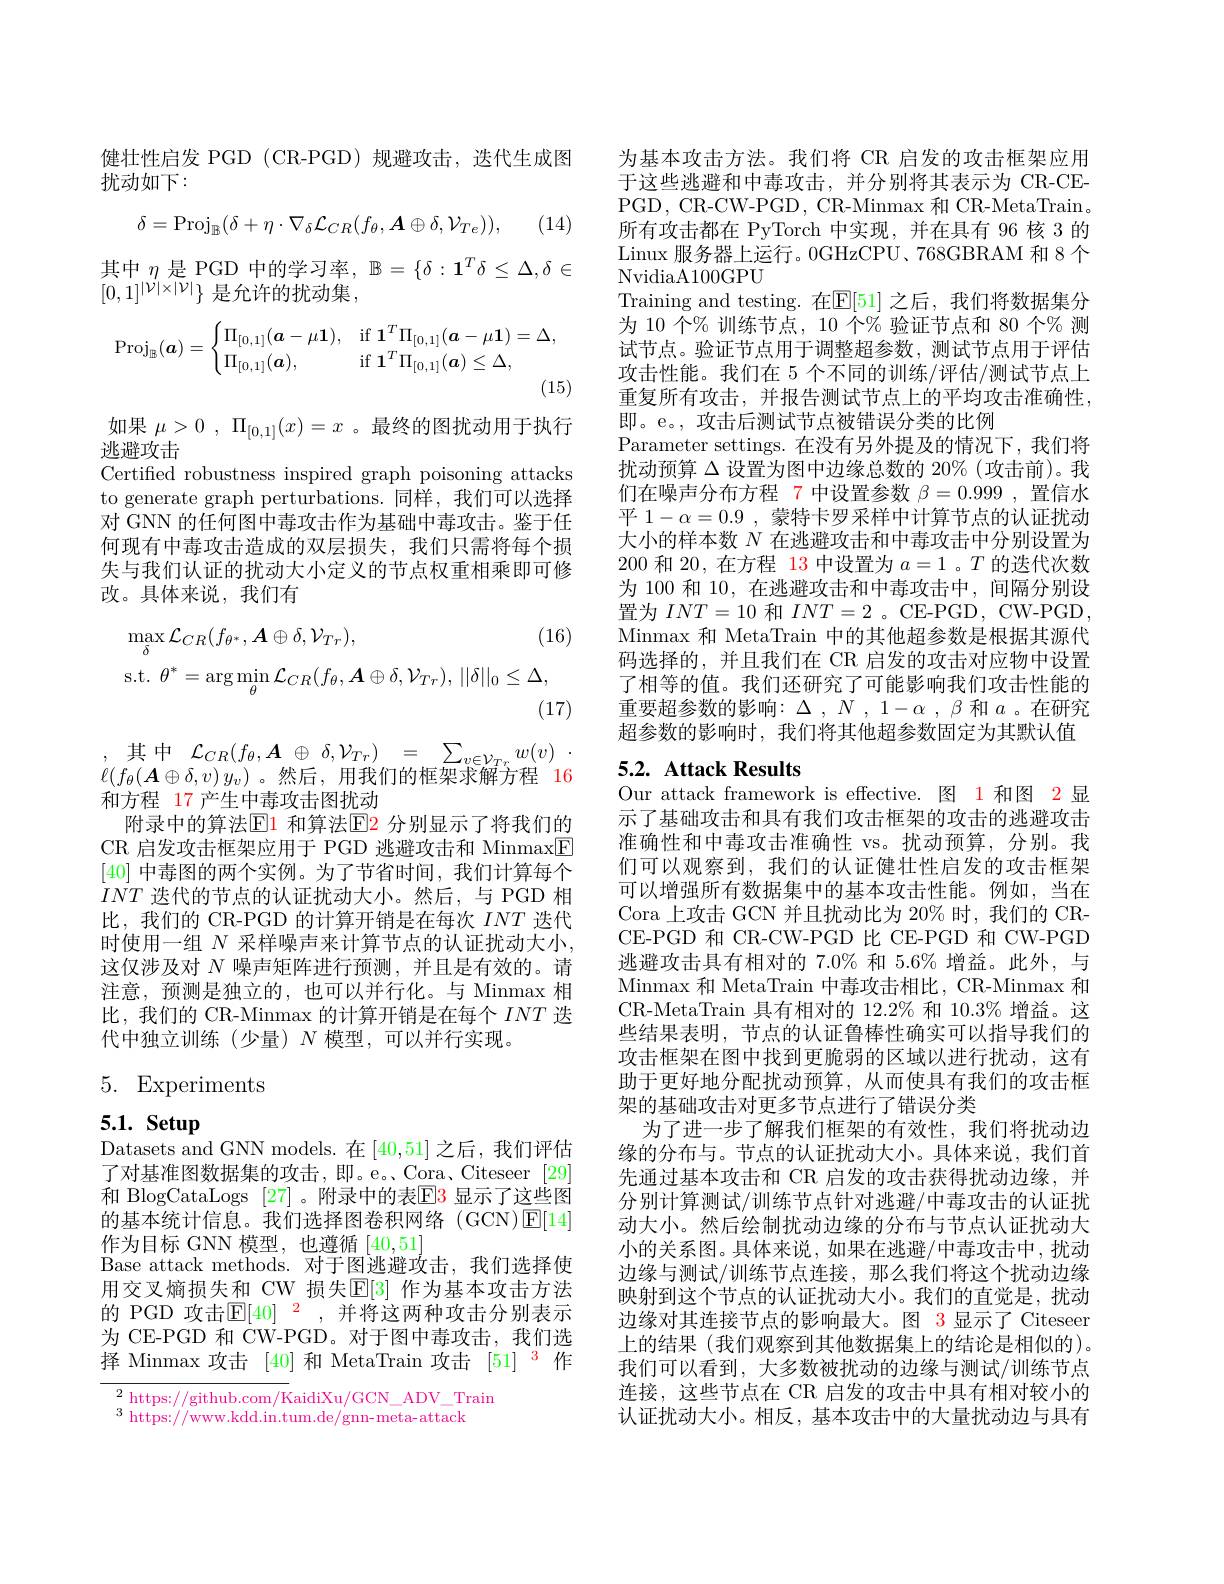
健壮性启发 PGD (CR-PGD)规避攻击，迭代生成图
扰动如下：

(14)
$$\delta=\mathrm{Proj}_{\mathbb{B}}(\delta+\eta\cdot\nabla_{\delta}\mathcal{L}_{CR}(f_{\theta},\boldsymbol{A}\oplus\delta,\mathcal{V}_{Te})),$$
其中$\eta$是 PGD 中的学习率，$\mathbb{B}=\{\delta:\mathbf{1}^T\delta\leq\Delta,\delta\in$
$[0,1]^{|\dot{\mathcal{V}}|\times|\mathcal{V}|}\}$ 是允许的扰动集，
$$\operatorname{Proj}_{\mathbb{B}}(\boldsymbol{a})=\begin{cases}\Pi_{[0,1]}(\boldsymbol{a}-\mu\boldsymbol{1}),&\text{if}\:\mathbf{1}^T\Pi_{[0,1]}(\boldsymbol{a}-\mu\boldsymbol{1})=\Delta,\\\Pi_{[0,1]}(\boldsymbol{a}),&\text{if}\:\mathbf{1}^T\Pi_{[0,1]}(\boldsymbol{a})\leq\Delta,\end{cases}$$
(15)

如果$\mu > 0$ , $\Pi _{[ 0, 1] }( x) = x$ 。最终的图扰动用于执行
逃避攻击
Certified robustness inspired graph poisoning attacks to generate graph perturbations. 同样，我们可以选择对 GNN 的任何图中毒攻击作为基础中毒攻击。鉴于任何现有中毒攻击造成的双层损失，我们只需将每个损失与我们认证的扰动大小定义的节点权重相乘即可修改。具体来说，我们有
$$\max_{\delta}\mathcal{L}_{CR}(f_{\theta^{*}},\boldsymbol{A}\oplus\delta,\mathcal{V}_{Tr}),\text{(1}\\\mathrm{s.t.}\:\theta^{*}=\arg\min_{\theta}\mathcal{L}_{CR}(f_{\theta},\boldsymbol{A}\oplus\delta,\mathcal{V}_{Tr}),\:||\delta||_{0}\leq\Delta,$$
(17)

,其中$\mathcal{L}_CR(f_\theta,\boldsymbol{A}\oplus\delta,\mathcal{V}_{Tr})=\sum_{v\in\mathcal{V}_{Tr}}w(v).$ $\ell(f_\theta(\boldsymbol{A}\oplus\delta,v)y_v)$。然后，用我们的框架求解方程 16和方程 17 产生中毒攻击图扰动
附录中的算法$\operatorname{El}$ 和算法$\operatorname{E2}$ 分别显示了将我们的CR 启发攻击框架应用于 PGD 逃避攻击和 Minmax$\boxed{\mathrm{F}}$ [40]中毒图的两个实例。为了节省时间，我们计算每个$INT$迭代的节点的认证扰动大小。然后，与 PGD 相比，我们的 CR-PGD 的计算开销是在每次$INT$迭代时使用一组 $N$ 采样噪声来计算节点的认证扰动大小， 这仅涉及对$N$噪声矩阵进行预测，并且是有效的。请注意，预测是独立的，也可以并行化。与 Minmax 相比，我们的 CR-Minmax 的计算开销是在每个$INT$迭代中独立训练(少量)$N$模型，可以并行实现。

# 5. Experiments

# 5.1. Setup

Datasets and GNN models. 在[40,51]之后，我们评估了对基准图数据集的攻击，即。e。、Cora、Citeseer [29] 和 BlogCataLogs [27] 。附录中的表$\boxed{\mathrm{E}}\color{red}{3}$ 显示了这些图的基本统计信息。我们选择图卷积网络(GCN)$\operatorname{E}[14]$ 作为目标 GNN 模型，也遵循[40,51]
Base attack methods. 对于图逃避攻击，我们选择使用交叉熵损失和 CW 损失$\mathbb{E}[3]$ 作为基本攻击方法的 PGD 攻击$\mathbb{E}[40]^2$, 并将这两种攻击分别表示为 CE-PGD 和 CW-PGD。对于图中毒攻击，我们选择 Minmax 攻击 [40]和 MetaTrain 攻击 [51] $^{\color{#c00}3}$作

${\frac{2}{\text{https://github.com/K}}}$aidiXu/GCN ADV\_Train
$^3$ https://www.kdd.in.tum.de/gnn-meta-attack

为基本攻击方法。我们将 CR 启发的攻击框架应用于这些逃避和中毒攻击，并分别将其表示为 CR-CEPGD, CR-CW-PGD, CR-Minmax 和 CR-MetaTrain。所有攻击都在 PyTorch 中实现，并在具有 96 核 3 的Linux 服务器上运行。0GHzCPU、768GBRAM 和8个NvidiaA100GPU
Training and testing.在$\mathbb{E}[51]$ 之后，我们将数据集分为 10 个% 训练节点，10 个% 验证节点和 80 个% 测试节点。验证节点用于调整超参数，测试节点用于评估攻击性能。我们在 5 个不同的训练/评估/测试节点上重复所有攻击，并报告测试节点上的平均攻击准确性， 即。e。, 攻击后测试节点被错误分类的比例
Parameter settings. 在没有另外提及的情况下，我们将扰动预算$\Delta$设置为图中边缘总数的 20%(攻击前)。我们在噪声分布方程 7 中设置参数$\beta=0.999$,置信水平 1-$\alpha=0.9$,蒙特卡罗采样中计算节点的认证扰动大小的样本数$N$在逃避攻击和中毒攻击中分别设置为200和 20,在方程 13 中设置为$a=1$ 。$T$的迭代次数为 100 和 10, 在逃避攻击和中毒攻击中，间隔分别设置为$INT=10$和$INT=2$ 。CE-PGD, CW-PGD Minmax 和 MetaTrain 中的其他超参数是根据其源代码选择的，并且我们在 CR 启发的攻击对应物中设置了相等的值。我们还研究了可能影响我们攻击性能的重要超参数的影响：$\Delta,N,1-\alpha,\beta$和$a$ 。在研究超参数的影响时，我们将其他超参数固定为其默认值

## 5.2. Attack Results

Our attack framework is effective. 图 1 和图 2 显示了基础攻击和具有我们攻击框架的攻击的逃避攻击准确性和中毒攻击准确性 vs。扰动预算，分别。我们可以观察到，我们的认证健壮性启发的攻击框架可以增强所有数据集中的基本攻击性能。例如，当在Cora 上攻击 GCN 并且扰动比为 20% 时，我们的 CRCE-PGD 和 CR-CW-PGD 比 CE-PGD 和 CW-PGD 逃避攻击具有相对的 7.0% 和 5.6% 增益。此外，与Minmax 和 MetaTrain 中毒攻击相比，CR-Minmax 和CR-MetaTrain 具有相对的 12.2% 和 10.3% 增益。这些结果表明，节点的认证鲁棒性确实可以指导我们的攻击框架在图中找到更脆弱的区域以进行扰动，这有助于更好地分配扰动预算，从而使具有我们的攻击框架的基础攻击对更多节点进行了错误分类
为了进一步了解我们框架的有效性，我们将扰动边缘的分布与。节点的认证扰动大小。具体来说，我们首先通过基本攻击和 CR 启发的攻击获得扰动边缘，并分别计算测试/训练节点针对逃避/中毒攻击的认证扰动大小。然后绘制扰动边缘的分布与节点认证扰动大小的关系图。具体来说，如果在逃避/中毒攻击中，扰动边缘与测试/训练节点连接，那么我们将这个扰动边缘映射到这个节点的认证扰动大小。我们的直觉是，扰动边缘对其连接节点的影响最大。图 3 显示了 Citeseer 上的结果(我们观察到其他数据集上的结论是相似的)。我们可以看到，大多数被扰动的边缘与测试/训练节点连接，这些节点在 CR 启发的攻击中具有相对较小的认证扰动大小。相反，基本攻击中的大量扰动边与具有